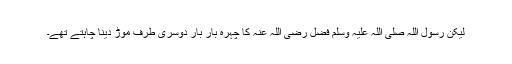
لیکن رسول اللہ صلی اللہ علیہ وسلم فضل رضی اللہ عنہ کا چہرہ بار بار دوسری طرف موڑ دینا چاہتے تھے۔